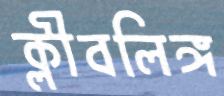
ক্লীবলিঙ্গ